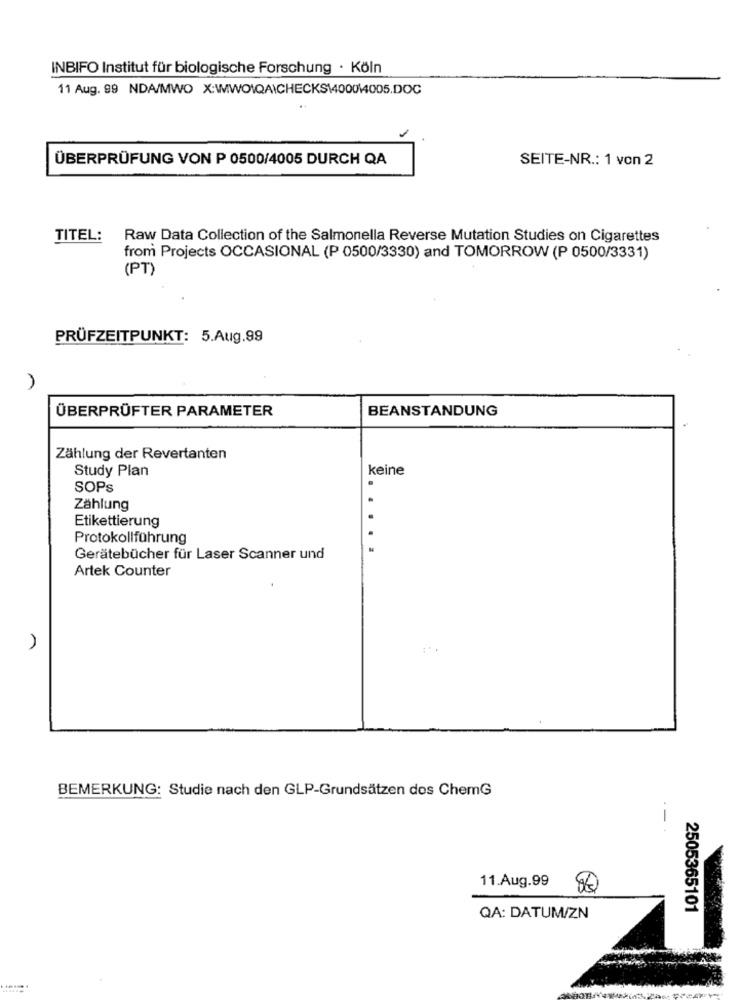
INBIFO Institut für biologische Forschung · Köln
11 Aug. 99 NDA/MWO X:WIWO\QAICHECKS1400014005.DOC
ÜBERPRÜFUNG VON P 0500/4005 DURCH QA
SEITE-NR .: 1 von 2
TITEL: Raw Data Collection of the Salmonella Reverse Mutation Studies on Cigarettes
from Projects OCCASIONAL (P 0500/3330) and TOMORROW (P 0500/3331)
(PT)
PRÜFZEITPUNKT: 5.Aug.99
ÜBERPRÜFTER PARAMETER
BEANSTANDUNG
Zählung der Revertanten
Study Plan
keine
.
SOPS
Zählung
Etikettierung
Protokollführung
Gerätebücher für Laser Scanner und
Artek Counter
)
BEMERKUNG: Studie nach den GLP-Grundsätzen dos ChemG
-
11.Aug.99
80
2505365101
QA: DATUM/ZN